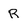
Character: R